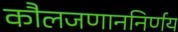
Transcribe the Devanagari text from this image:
कौलजणाननिर्णय